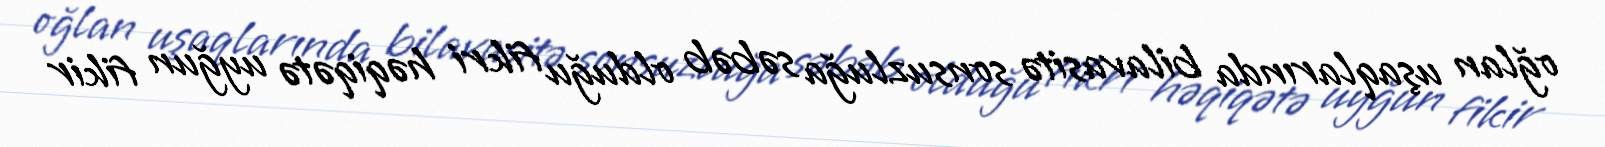
oğlan uşaqlarında bilavasitə sonsuzluğa səbəb olduğu fikri həqiqətə uyğun fikir